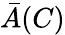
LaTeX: \bar{A}(C)